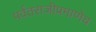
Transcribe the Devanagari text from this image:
पर्वतराजीप्रमाणेच